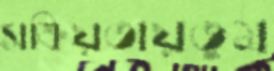
সক্রিয়তায়তুম